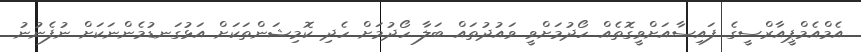
އެމްއެމްޕީއާރްސީގެ ފައިސާއަށްވީގޮތެއް ހޯދުމަށްވީ ވައުދުތައް ބަލާ ހޯދުމަށް ހެދި ކޮމިޝަންތަކަށް އަޅުގަނޑުމެންނަކަށް ނުފެނުނު